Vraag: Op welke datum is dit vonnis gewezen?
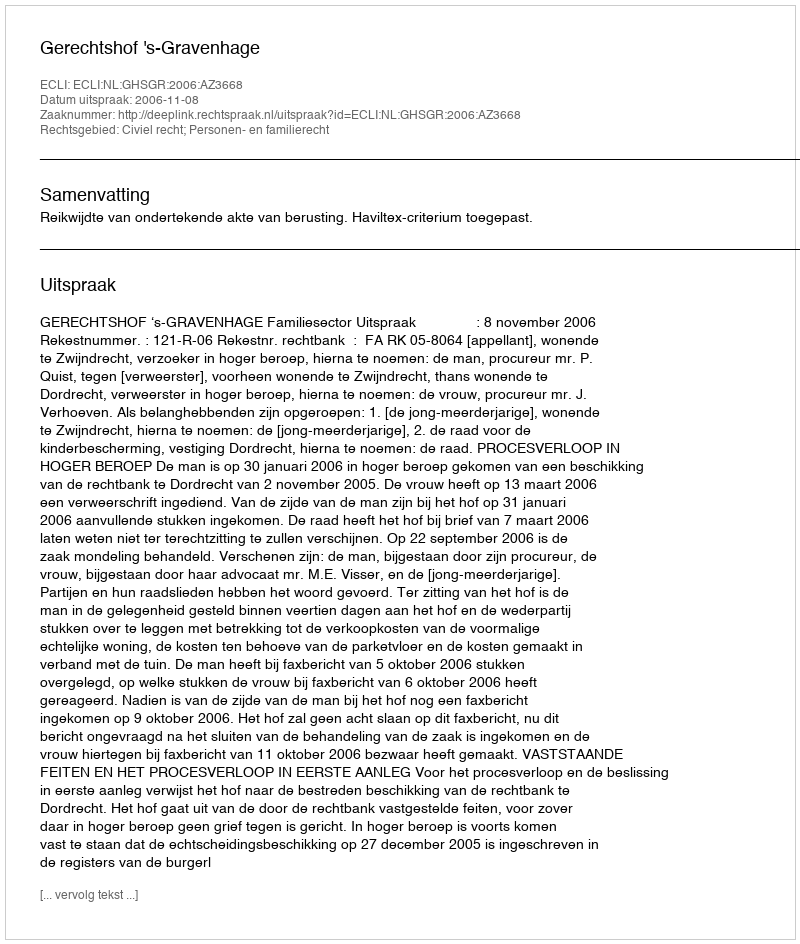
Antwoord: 2006-11-08